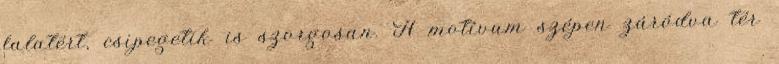
falatért, csipegetik is szorgosan. A motívum szépen záródva tér